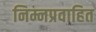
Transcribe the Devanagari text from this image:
निम्नप्रवाहित